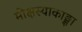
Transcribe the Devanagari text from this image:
मोक्षस्याकाङ्क्षा